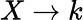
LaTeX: X\rightarrow k